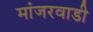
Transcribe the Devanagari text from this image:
मांजरवाडी